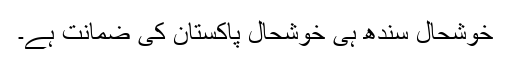
خوشحال سندھ ہی خوشحال پاکستان کی ضمانت ہے۔